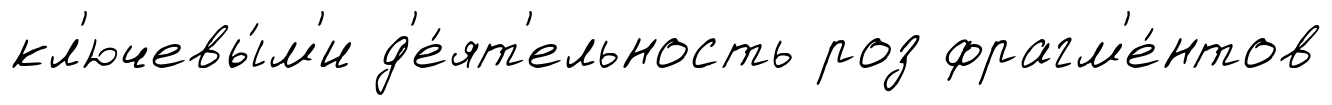
кл'ючевы́м'и д'е́ят'ельность роз фрагм'е́нтов